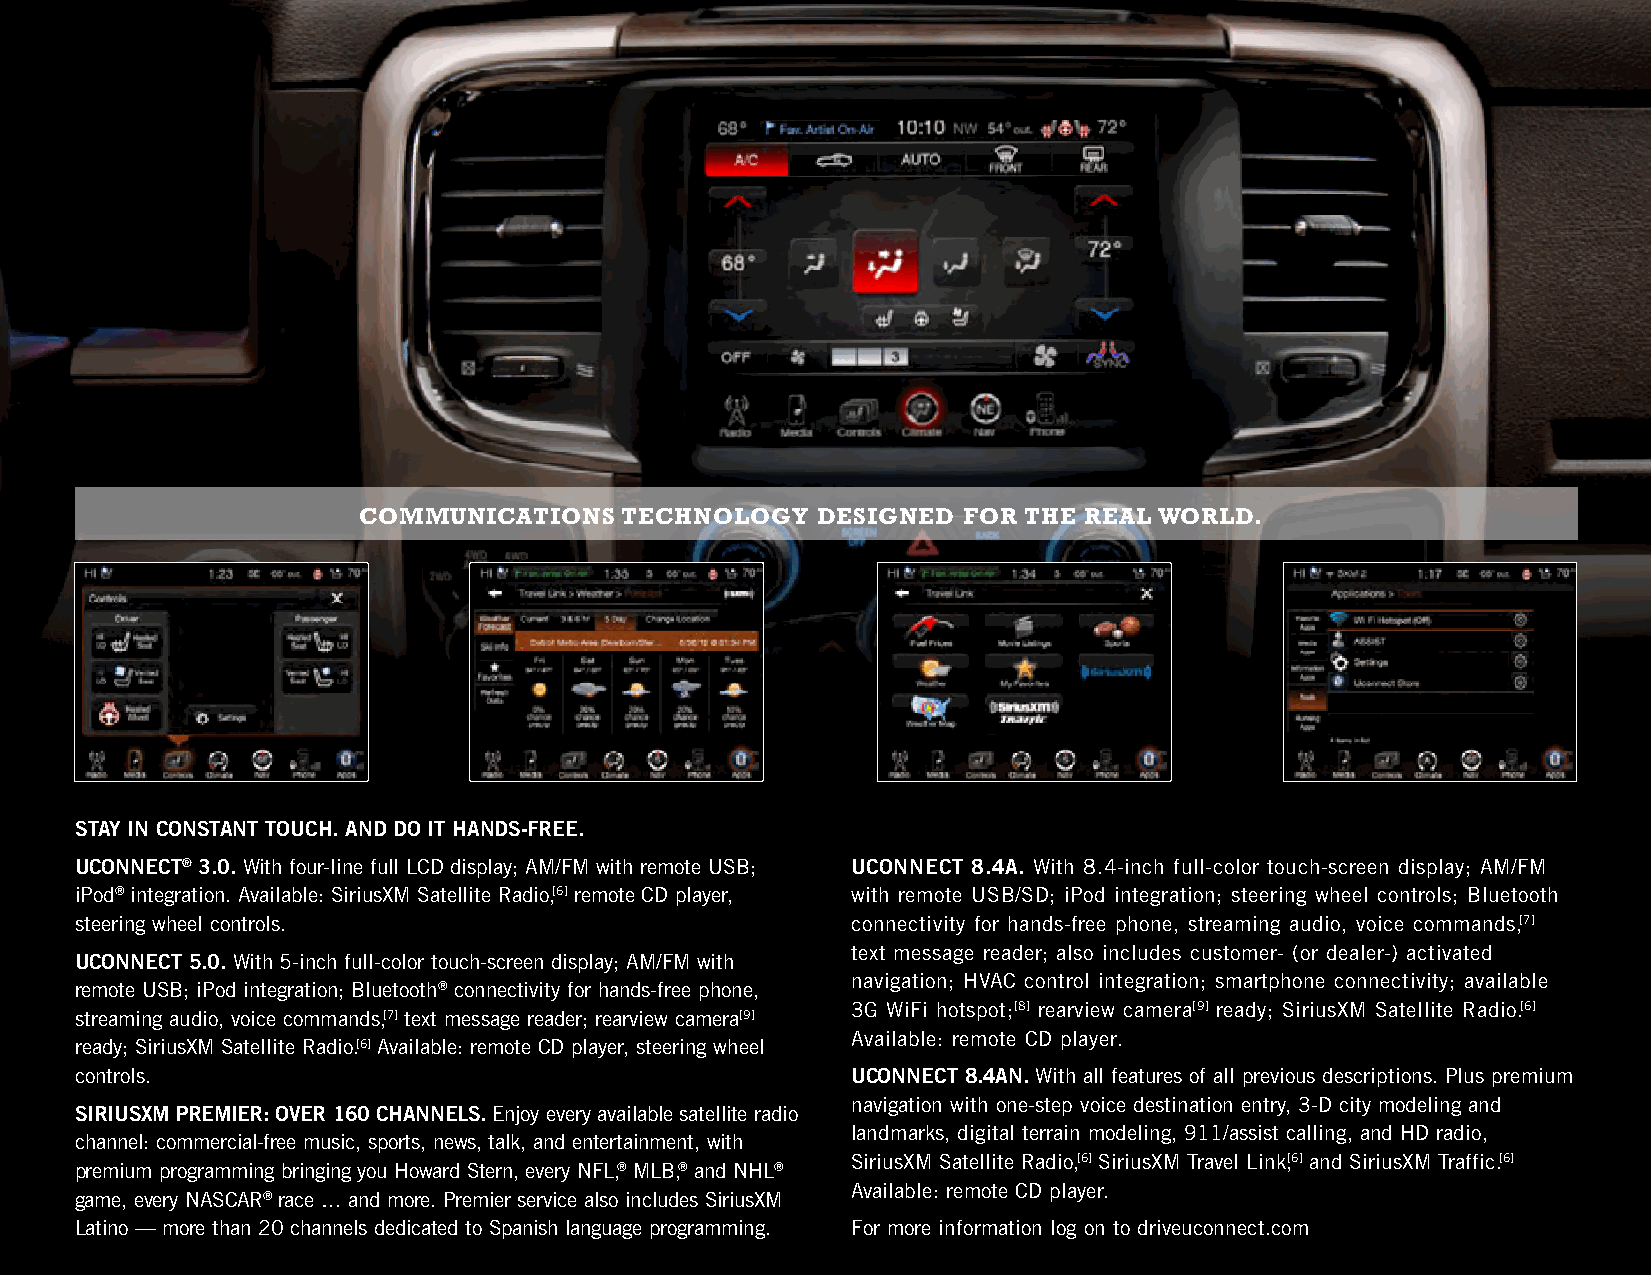
COMMuNICATIONS   TECHNOLOgY   DESIgNED  FOR THE REAL WORLD.
 stAy iN CONstANt tOuCh. ANd dO it hANds-FREE.
 uCONNECt® 3.0. With four-line full LCD display; AM/FM with remote USB; uCONNECt 8.4A. With 8.4-inch full-color touch-screen display; AM/FM
 iPod® integration. Available: SiriusXM Satellite Radio,[6] remote CD player, with remote USB/SD; iPod integration; steering wheel controls; Bluetooth
 steering wheel controls.                           connectivity for hands-free phone, streaming audio, voice commands,[7]
 text message reader; also includes customer- (or dealer-) activated
 uCONNECt 5.0. With 5-inch full-color touch-screen display; AM/FM with
 navigation; HVAC control integration; smartphone connectivity; available
 remote USB; iPod integration; Bluetooth® connectivity for hands-free phone,
 3G WiFi hotspot;[8] rearview camera[9] ready; SiriusXM Satellite Radio.[6]
 streaming audio, voice commands,[7] text message reader; rearview camera[9]
 Available: remote CD player.
 ready; SiriusXM Satellite Radio.[6] Available: remote CD player, steering wheel
 controls.                                          uCONNECt 8.4AN. With all features of all previous descriptions. Plus premium
 navigation with one-step voice destination entry, 3-D city modeling and
 siRiusxM PREMiER: OvER 160 ChANNEls. Enjoy every available satellite radio
 landmarks, digital terrain modeling, 911/assist calling, and HD radio,
 channel: commercial-free music, sports, news, talk, and entertainment, with
 SiriusXM Satellite Radio,[6] SiriusXM Travel Link,[6] and SiriusXM Traffic.[6]
 premium programming bringing you Howard Stern, every NFL,® MLB,® and NHL®
 Available: remote CD player.
 game, every NASCAR® race … and more. Premier service also includes SiriusXM
 Latino — more than 20 channels dedicated to Spanish language programming. For more information log on to driveuconnect.com
 Page 28